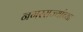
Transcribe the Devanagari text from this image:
नगरराज्यांच्या